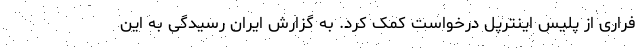
فراری از پلیس اینترپل درخواست کمک کرد. به گزارش ایران رسیدگی به این